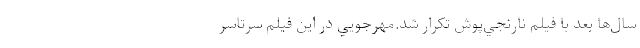
سال‌ها بعد با فيلم نارنجي‌پوش تکرار شد.مهرجويي در اين فيلم سرتاسر